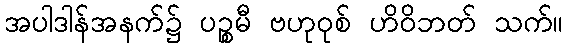
အပါဒါန်အနက်၌ ပဉ္စမီ ဗဟုဝုစ် ဟိဝိဘတ် သက်။